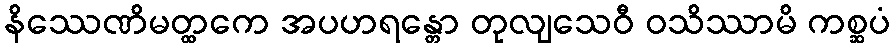
နိဿေဏိမတ္ထကေ အပဟရန္တော တုလျသေဝီ ဝသိဿာမိ ကစ္ဆပံ